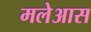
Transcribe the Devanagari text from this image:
मलेआस